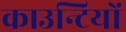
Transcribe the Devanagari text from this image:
काउन्टियों